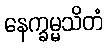
နေက္ခမ္မသိတံ